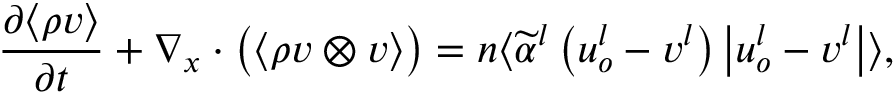
\frac { \partial \langle \rho \boldsymbol { v } \rangle } { \partial t } + \nabla _ { \boldsymbol { x } } \cdot \big ( \langle \rho \boldsymbol { v } \otimes \boldsymbol { v } \rangle \big ) = n \langle \widetilde { \alpha } ^ { l } \left( \boldsymbol { u } _ { o } ^ { l } - \boldsymbol { v } ^ { l } \right) \left| \boldsymbol { u } _ { o } ^ { l } - \boldsymbol { v } ^ { l } \right| \rangle ,